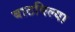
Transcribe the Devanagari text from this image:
बाटविल्या